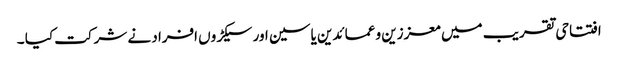
افتتاحی تقریب میں معززین و عمائدین یاسین اور سیکڑوں افراد نے شرکت کیا ۔